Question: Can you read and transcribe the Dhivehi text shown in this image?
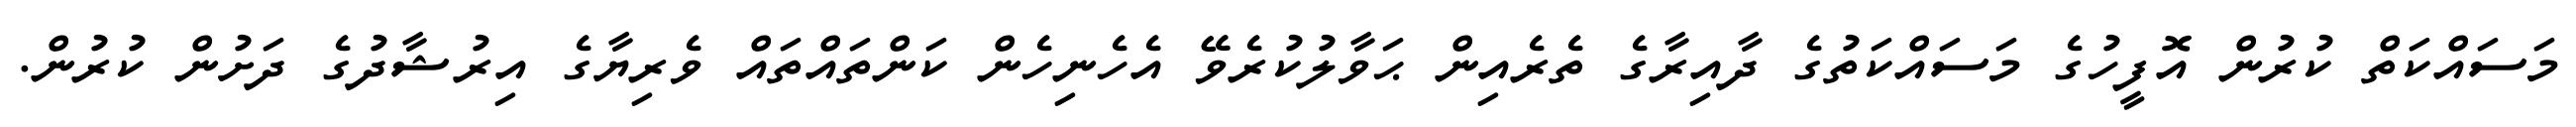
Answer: މަސައްކަތް ކުރުން އޮފީހުގެ މަސައްކަތުގެ ދާއިރާގެ ތެރެއިން ޙަވާލުކުރެވޭ އެހެނިހެން ކަންތައްތައް ވެރިޔާގެ އިރުޝާދުގެ ދަށުން ކުރުން.